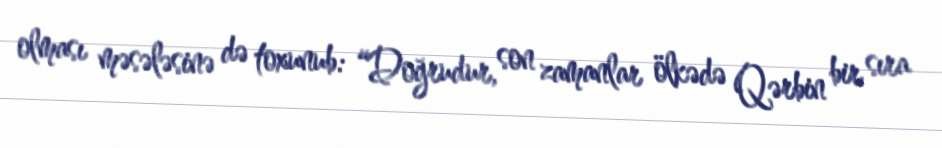
olması məsələsinə də toxunub: “Doğrudur, son zamanlar ölkədə Qərbin bir sıra